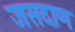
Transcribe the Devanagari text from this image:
जसदाण